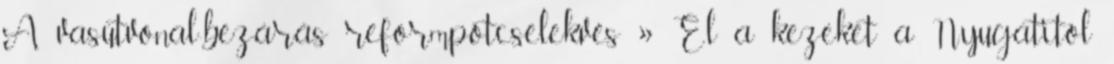
A vasútvonal-bezárás reformpótcselekvés » El a kezeket a Nyugatitól